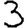
Digit: 3